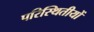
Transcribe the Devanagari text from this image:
परिस्थितीयों